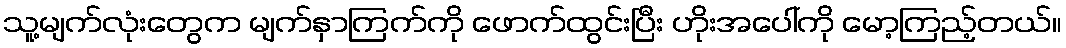
သူ့မျက်လုံးတွေက မျက်နှာကြက်ကို ဖောက်ထွင်းပြီး ဟိုးအပေါ်ကို မော့ကြည့်တယ်။